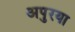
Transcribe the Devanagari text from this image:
अपुरया